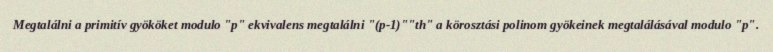
Megtalálni a primitív gyököket modulo "p" ekvivalens megtalálni "(p-1)""th" a körosztási polinom gyökeinek megtalálásával modulo "p".